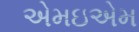
એમઇએમ